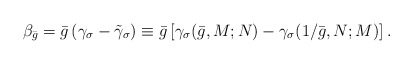
\begin{align*}\beta _{\bar{g}}=\bar{g}\left( \gamma _{\sigma }-\tilde{\gamma}_{\sigma}\right) \equiv \bar{g}\left[ \gamma _{\sigma }(\bar{g},M;N)-\gamma _{\sigma}(1/\bar{g},N;M)\right] . \end{align*}